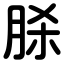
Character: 脎